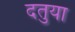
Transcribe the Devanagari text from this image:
दतुया